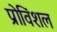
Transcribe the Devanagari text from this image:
प्रोविंशल